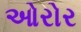
ઓરોર